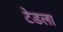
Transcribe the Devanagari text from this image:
टेडला